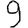
Digit: 9